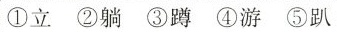
①立 ②躺 ③蹲 ④游 ⑤趴